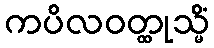
ကပိလဝတ္ထုသ္မိံ